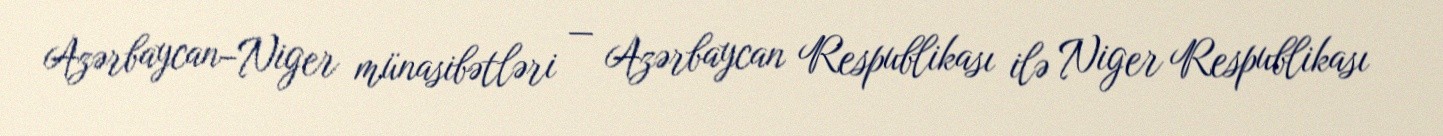
Azərbaycan–Niger münasibətləri — Azərbaycan Respublikası ilə Niger Respublikası